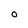
Character: O